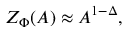
Z _ { \Phi } ( { \cal { A } } ) \approx { \cal { A } } ^ { 1 - \Delta } ,